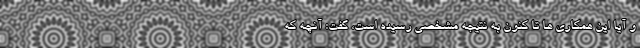
و آیا این همکاری ها تا کنون به نتیجه مشخصی رسیده است، گفت: آنچه که